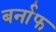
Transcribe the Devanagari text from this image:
बर्नाफ